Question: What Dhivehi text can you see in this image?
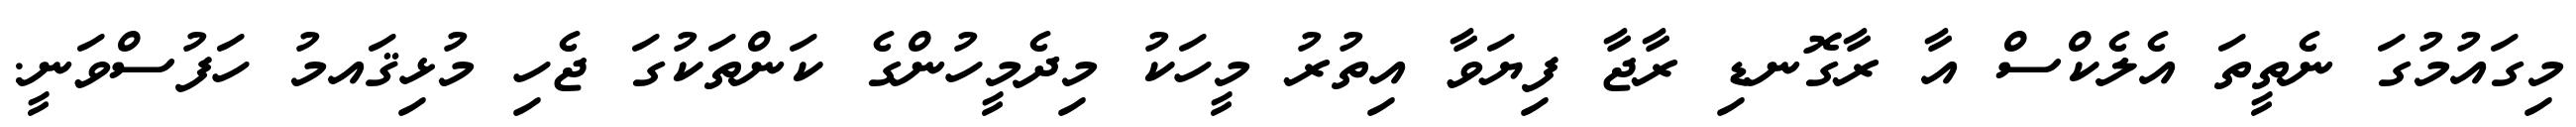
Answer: މިގައުމުގަ ނެތީތަ އެލެކްސް އާ ރާގޮނޑި ރާޖާ ފިޔަވާ އިތުރު މީހަކު މިދެމީހުންގެ ކަންތަކުގަ ޖެހި މުޅިޤައމު ހަފުސްވަނީ.